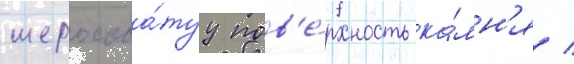
шерохова́туу пов'е́рхность ка́мн'я /